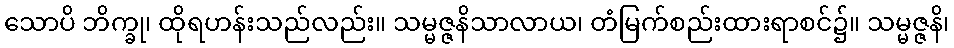
သောပိ ဘိက္ခု၊ ထိုရဟန်းသည်လည်း။ သမ္မဇ္ဇနိသာလာယ၊ တံမြက်စည်းထားရာစင်၌။ သမ္မဇ္ဇနိ၊